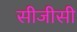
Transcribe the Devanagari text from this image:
सीजीसी